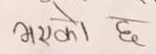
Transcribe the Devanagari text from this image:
भएको छ